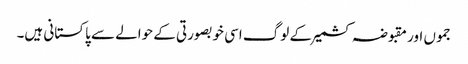
جموں اور مقبوضہ کشمیر کے لوگ اسی خوبصورتی کے حوالے سے پاکستانی ہیں۔